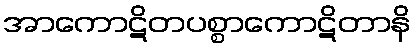
အာကောဋိတပစ္စာကောဋိတာနိ